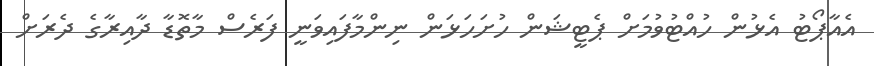
އެއާޕޯޓު އެޅުން ހުއްޓުވުމަށް ޕެޓީޝަން ހުށަހަޅަން ނިންމާފައިވަނީ ފަރެސް މާތޮޑާ ދާއިރާގެ ދެރަށް